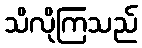
သိလိုကြသည်